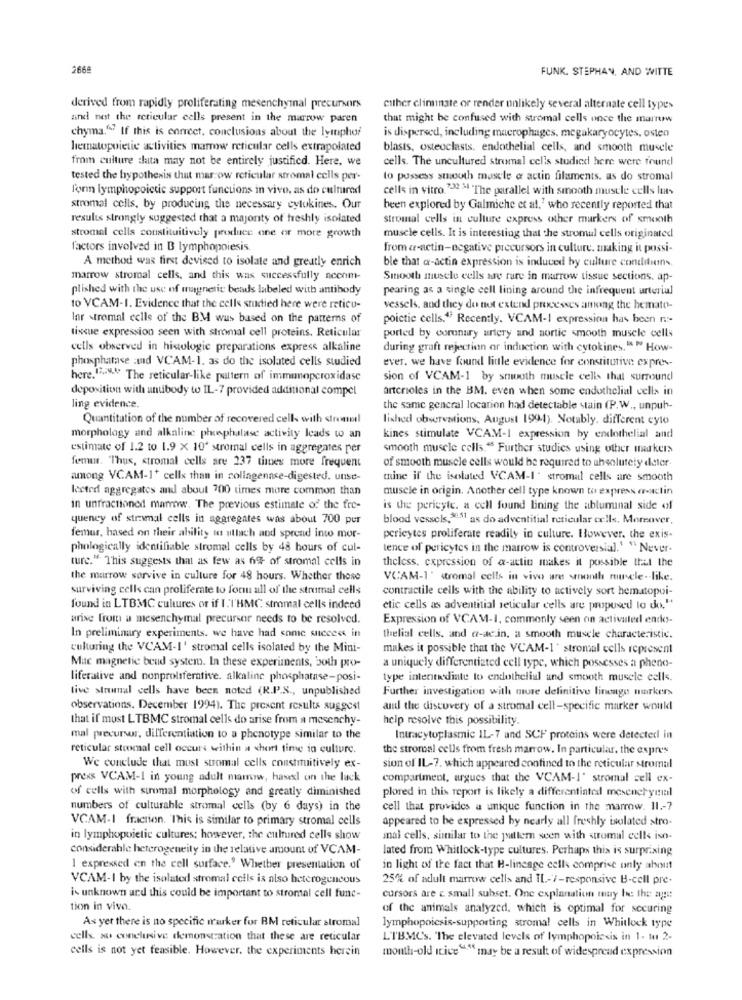
2668
FUNK. STEPHAN, AND WITTE
derived from rapidly proliferating mesenchymal precursors
either eliminate or render unlikely several alternate cell types
and not the reticular cells present in the marrow paren
that might be confused with stromal cells once the marrow
chyma."? If this is correct, conclusions about the lymphof
is dispersed, including macrophages, megakaryocytes, osten
lernatopoietic activities marrow reticular cells extrapolated
blasts, osteoclasts, endothelial cells, and smooth muscle
fmin culture chata may not be entirely justificd. Here, we
cells. The uncultured stromal cells studied here were found
tested the hypothesis that mar ow reticular stromal cells per-
to possess smooth muscle o actin filaments. as do stromal
form lymphopoictic support functions in vivo, as do cultured
cells in vitro "2 " The parallel with smooth muscle cells Its
stromal cells, by producing the necessary cytokines. Our
been explored by Galmiche et al,' who recently reported that
results strongly suggested that a majonty of freshly isolated
stromal cells in culture express other markers of smooth
stromal cells constituitively produce one or more growth
muscle cells. It is interesting that the stromal cells originated
factors involved in B lymphopoiesis.
from a-actin-ecgative precursors in culture. making it possi-
A method was first devised to isolate and greatly enrich
ble that a-actin expression is induced by culture conditions.
marrow stromal cells, and this was successfully accom-
Smooth muscle cells are rare in marrow tissue sections. ap-
plished with the use of magnetic beads labeled with antibody
pearing as a single cell lining around the infrequent urteriul
to VCAM-1. Evidence that the cells studied here were reticu-
vessels, and they do not extend processes among the hemato-
lar stromal cells of the BM was based on the patterns of
poictic cells." Recently. VCAM-1 expression has been n-
tissue expression seen with stromal cell proteins. Reticular
ported by coronary artery and aortic smooth muscle cells
cells observed in histologie preparations express alkaline
during graft rejection or induction with cytokines." " How-
phosphatase and VCAM-1. as do the isolated cells studied
ever. we have found lidle evidence for constitutive expres-
here. 12.""" The reticular-like pattern of immimoperoxidase
sion of VCAM-1 by smooth muscle cells that surround
deposition with antibody to IL-7 provided additional compel
arterioles in the BM. even when some endothelial cells in
ling evidence
the same general location had detectable stain (P.W ., unpub-
Quantitation of the number of recovered cells with stromnel
lished observations, August 1994). Notably. different cyto
morphology and alkaline phosphatase activity leads to an
kines stimulate VCAM-I expression by endothelial and
estimate of 1.2 to 1.9 × 10' stromal cells in aggregates per
smooth muscle cells." Further studies using other makers
fem. Thus, stromal cells are 237 thues more frequent
of smooth muscle cells would be required to absolutely deter.
among VCAM-1+ cells than in collagenase-digested. unse-
mine if the isolated VCAM-I ' stromal cells are smooth
Iceted aggregates and about 700 times more common than
muscle in origin. Another cell type known to express a-actin
in unfractionod mamwww. The previous estimate of the fre-
is the pericyte. a cell found lining the abluminal side of
quency of stromal cells in aggregates was about 700 pur
blood vessels,"51 as do adventitial reticular cells. Moreover,
femur, hased on their ability to utlach and spread into mor-
pericytes proliferate readily in culture. However, the exis-
phologically identifiable stromal cells by 48 hours of cul-
tence of pericytes in the marrow is controversial.' "Never-
ture." This suggests that as few as 6% of stromal cells in
theless. expression of a-actin makes it possible that the
the marrow sorvive in culture for 48 hours. Whether those
VCAM-1' stromal cells in vivo ares smonth muscle -- like.
surviving cells can proliferate to for all of the strumal cells
contractile cells with the ability to actively sort hematopoi-
found in LTBMC cultures or if I. I'HMC, stromal cells indeed
ctic cells as adventitial reticular cells are proposed to do."
arise from a mesenchymal precursor needs to be resolved.
Expression of VCAM-1, commonly seen on activated endos-
In preliminary experiments. we have had some success in
thelial cells, and a-acin, a smooth muscle characteristic.
culturing the VCAM-I' stromal cells isolated by the Mini-
makes it possible that the VCAM-1' stromal cells represent
Mac magnetic beud system. In these experiments, both pro-
a uniquely differentiated cell type, which possesses a pheno-
liferative and nonproliferative. alkaline phosphatase-posi-
type internediate to endothelial and smooth muscle cells.
live strial cells have been noted (R.P.S ., unpublished
Further investigation with more definitive lineage markers
observations. December 1994). The present results suggest
and the discovery of a stromal cell-specific marker would
that if most LTBMC stromal cells do arise from a mesenchy-
help resolve this possibility.
mal precursor, differentiation to a phenotype similar to the
Intracytoplasmic IL-7 and SCH proteins were detected in
reticular stromal cell occurs weithin a short time in culture.
the stromal cells from fresh marrow. In particular, the expres
We conclude that must stromal cells constituitively ex-
sion of IL-7. which appeared confined to the reticular stromal
prexs VCAM-1 in young adult marrow, hasel on the lack
compartment, argues that the VCAM-I' stromal cell ex-
of cells with suromal morphology and greatly diminished
plored in this report is likely a differentiated mesenchymal
numbers of culturable stromal cells (by 6 days) in the
cell that provides a unique function in the marrow. 11 .- 7
VCAM-I fraction. This is similar to primary stromal cells
appeared to be expressed by nearly all freshly isolated stro-
in lymphopoietic cultures; however, the cultured cells show
mal cells, similar to the pattern seen with stromal cells iso-
considerable heterogeneity in the relative amount of VCAM-
lated from Whitlock-type cultures. Perhaps this is surprixing
I expressed on the cell surface.' Whether presentation of
in light of the fact that H-lineage cells comprise only about
VCAM-I by the isolated stromal cells is also heterogeneous
25% of adult marrow cells and IL-7-responsive B-cell pre-
is unknown ard this could be important to stromal cell func-
cursors are c small subset. One explanation may be the age:
tion in vivo.
of the animals analyzed, which is optimal for securing
As yet there is no specific mrauker for BM reticular stromal
lymphopoicsis-supporting stromal cells in Whitlock type
cells. so conclusive demonstration that these are reticular
LTBMC's. 'The elevated levels of lymphopoiesis in 1- Mu 2-
cells is not yet feasible. However, the experiments herein
month-old itice"" may be a result of widespread expression